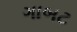
ગાબટ